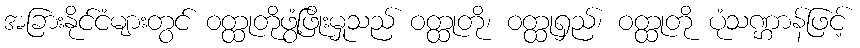
အခြားနိုင်ငံများတွင် ဝတ္ထုတိုဖွံ့ဖြိုးမှုသည် ဝတ္ထုတို၊ ဝတ္ထုရှည်၊ ဝတ္ထုတို ပုံသဏ္ဌာန်ဖြင့်